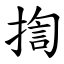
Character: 揈